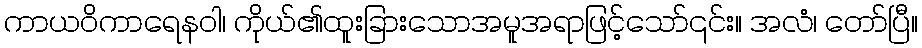
ကာယဝိကာရေနဝါ၊ ကိုယ်၏ထူးခြားသောအမူအရာဖြင့်သော်၎င်း။ အလံ၊ တော်ပြီ။